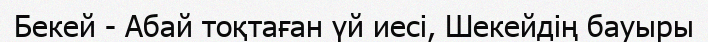
Бекей - Абай тоқтаған үй иесі, Шекейдің бауыры